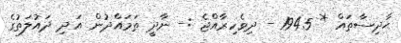
ޙާދިސާތައް * 1945 - ދިވެހިރާއްޖެ :- ނާދީ ތަމައްދުން އަދި ދައުލަތުގެ